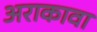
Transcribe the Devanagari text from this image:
अराकावा